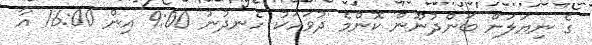
ގެ ނިޔަލަށް ބަންދުނޫން ކޮންމެ ދުވަހަކު ހެނދުނު 9:00 އިން 16:00 އާ